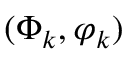
( \Phi _ { k } , \varphi _ { k } )